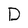
Character: D